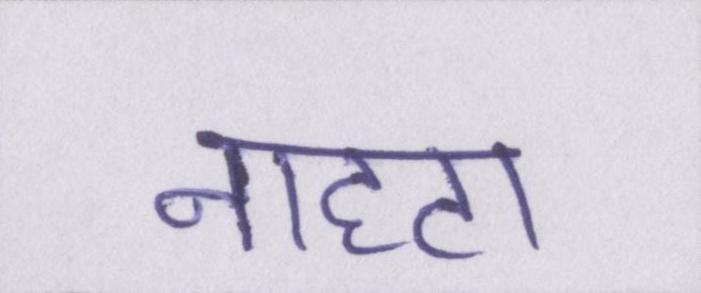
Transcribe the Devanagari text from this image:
नाहटा